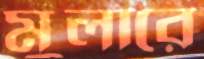
মুলারে